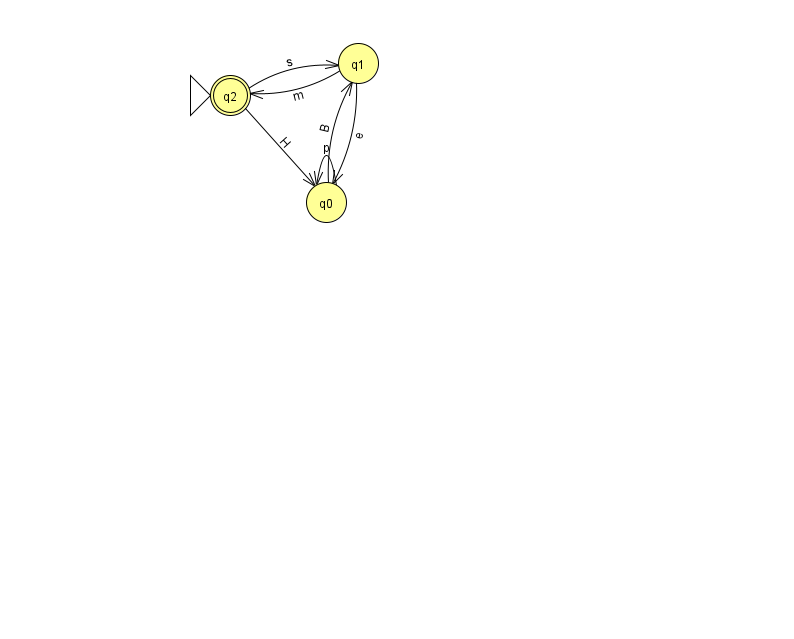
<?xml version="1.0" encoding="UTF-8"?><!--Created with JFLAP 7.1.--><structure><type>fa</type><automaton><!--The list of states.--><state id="0" name="q0"><x>326.0</x><y>189.0</y></state><state id="1" name="q1"><x>358.0</x><y>50.0</y></state><state id="2" name="q2"><x>230.0</x><y>82.0</y><initial/><final/></state><!--The list of transitions.--><transition><from>0</from><to>0</to><read>p</read></transition><transition><from>2</from><to>1</to><read>s</read></transition><transition><from>2</from><to>0</to><read>H</read></transition><transition><from>0</from><to>1</to><read>B</read></transition><transition><from>1</from><to>0</to><read>e</read></transition><transition><from>1</from><to>2</to><read>m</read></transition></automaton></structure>